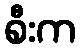
စီးက